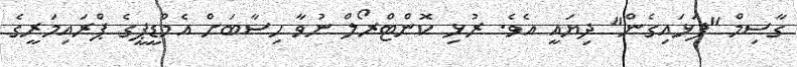
ގާސިމް "ފަޅައިގެން" ދިޔައީ އެވެ. ރުޅި ކޮންޓްރޯލް ނުވާ ހިސާބަށް އެމްޑީޕީގެ ޕްރައިމަރީގެ